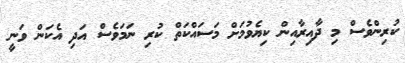
ކުރިންވެސް މި ދާއިރާއިން ކިޔެވުމަށް މަސައްކަތް ކުރި ނަމަވެސް އަދި އެކަން ވަނީ